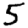
Digit: 5